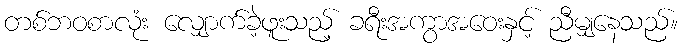
တစ်ဘဝစာလုံး လျှောက်ခဲ့ဖူးသည့် ခရီးအကွာအဝေးနှင့် ညီမျှနေသည်။